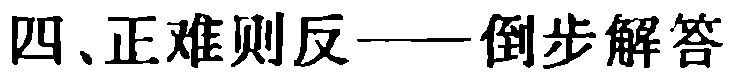
四、正难则反——倒步解答